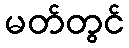
မတ်တွင်